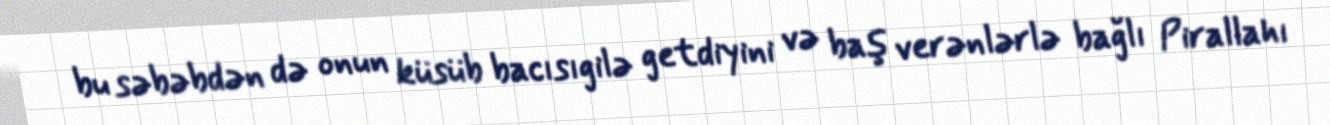
bu səbəbdən də onun küsüb bacısıgilə getdiyini və baş verənlərlə bağlı Pirallahı